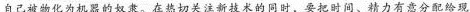
自己被物化为机器的奴隶。在热切关注新技术的同时，要把时间、精力有意分配给现